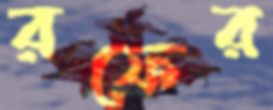
রফের